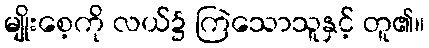
မျိုးစေ့ကို လယ်၌ ကြဲသောသူနှင့် တူ၏။